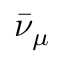
\bar { \nu } _ { \mu }